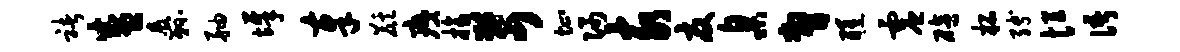
褚盛纛舳墀奉麒痍榜苛址隅亥夏臬瞥醺虚碚柘缚恒语